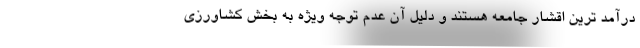
درآمد ترین اقشار جامعه هستند و دلیل آن عدم توجه ویژه به بخش کشاورزی